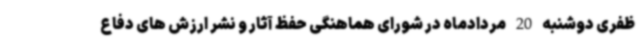
ظفری دوشنبه 20 مردادماه در شورای هماهنگی حفظ آثار و نشر ارزش های دفاع